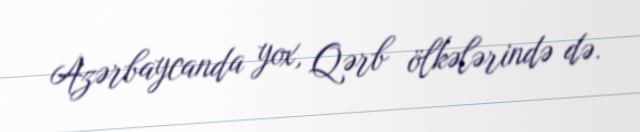
Azərbaycanda yox, Qərb ölkələrində də.